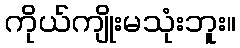
ကိုယ်ကျိုးမသုံးဘူး။